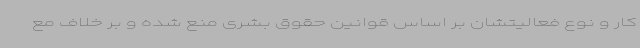
کار و نوع فعالیتشان بر اساس قوانین حقوق بشری منع شده و بر خلاف مع